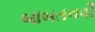
બાબતનવી